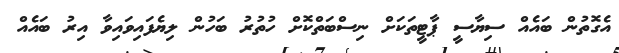
އެގޮތުން ބައެއް ސިޔާސީ ޕާޓީތަކަށް ނިސްބަތްކޮށް ހުތުރު ބަހުން ލިޔެފައިވައިވާ އިރު ބައެއް